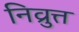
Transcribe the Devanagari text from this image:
निव्रुत्त